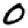
Digit: 0